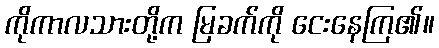
ကိုကာလသားတို့က မြခက်ကို ငေးနေကြ၏။